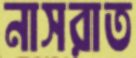
নাসরাত